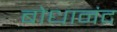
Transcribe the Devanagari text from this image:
बोधानंद